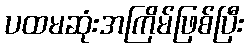
ပထမဆုံးအကြိမ်ဖြစ်ပြီး